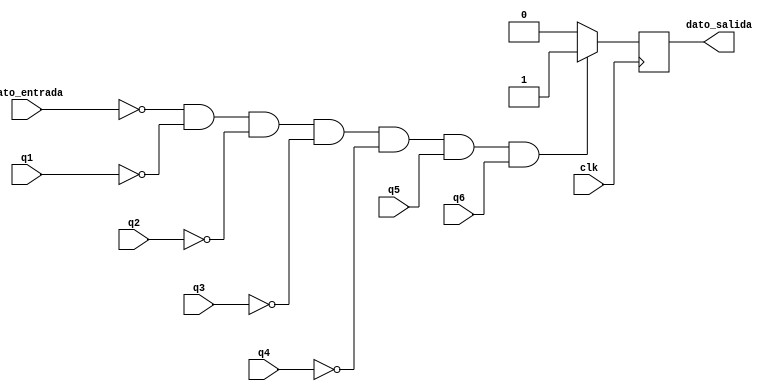
`timescale 1ns / 1ps

module Comprobacion_Dato_Salida( 
	input wire dato_entrada,q1,q2,q3,q4,q5,q6,clk,
	output reg dato_salida
    );

always@ (posedge clk) begin
	if ((!dato_entrada && !q1 && !q2 && !q3 && !q4 && q5 && q6) == 1'b1)
		dato_salida <= 1'b1;
	else
		dato_salida <= 1'b0;
end
endmodule